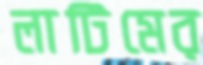
লাটিমের